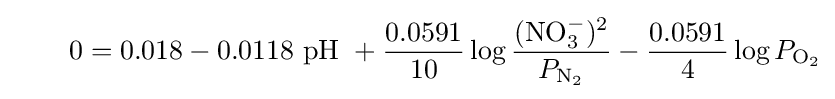
\qquad 0=0.018-0.0118{\text{ pH }}+{\frac {0.0591}{10}}\log {\frac {(\mathrm {NO_{3}^{-}} )^{2}}{P_{\mathrm {N_{2}} }}}-{\frac {0.0591}{4}}\log {P_{\mathrm {O_{2}} }}